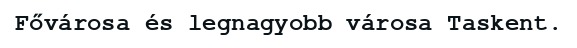
Fővárosa és legnagyobb városa Taskent.